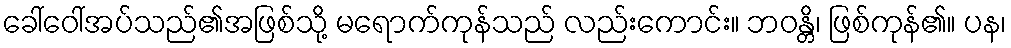
ခေါ်ဝေါ်အပ်သည်၏အဖြစ်သို့ မရောက်ကုန်သည် လည်းကောင်း။ ဘဝန္တိ၊ ဖြစ်ကုန်၏။ ပန၊